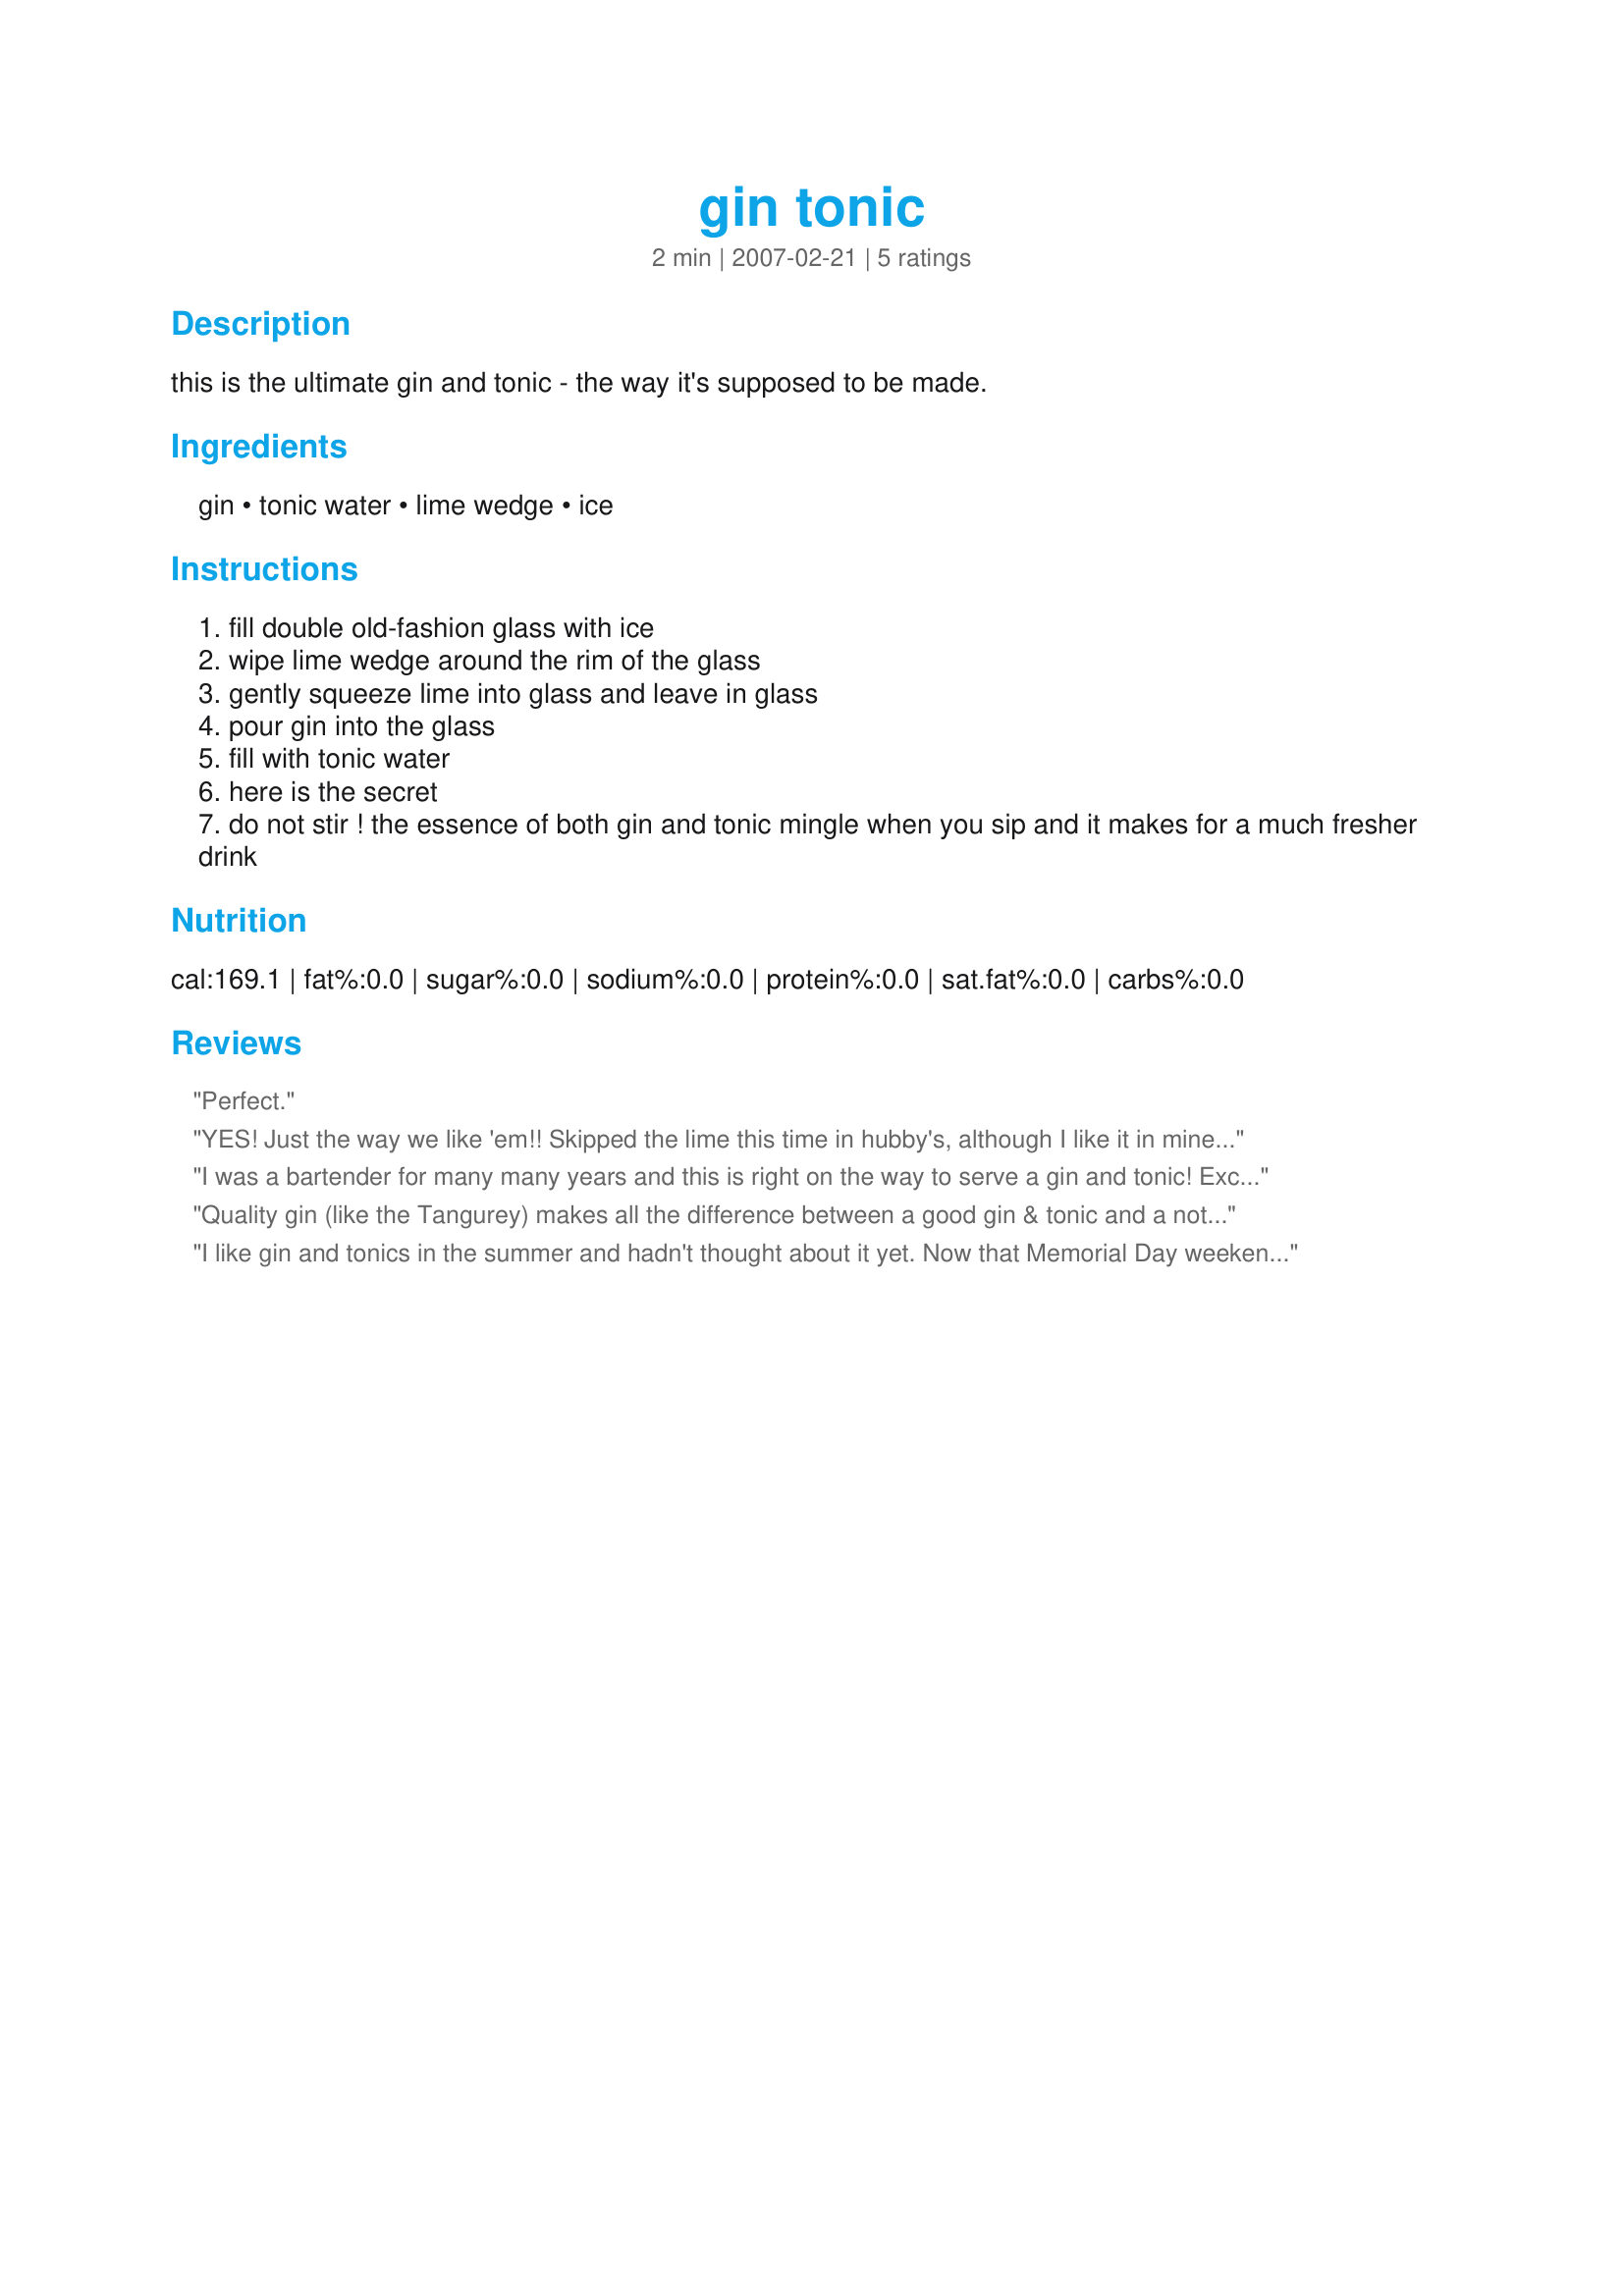
gin tonic
Preparation time: 2 minutes

this is the ultimate gin and tonic - the way it's supposed to be made.

Ingredients:
gin, tonic water, lime wedge, ice

Steps:
fill double old-fashion glass with ice
wipe lime wedge around the rim of the glass
gently squeeze lime into glass and leave in glass
pour gin into the glass
fill with tonic water
here is the secret
do not stir ! the essence of both gin and tonic mingle when you sip and it makes for a much fresher drink

Reviews:
Perfect.
YES! Just the way we like 'em!! Skipped the lime this time in hubby's, although I like it in mine. Used Quintessential London Dry Gin; would also be great with Hendrick's and a cucumber spear. Right on the money--DO NOT STIR!!! Thanks for sharing!:) Becky
I was a bartender for many many years and this is right on the way to serve a gin and tonic! Excellent!
Quality gin (like the Tangurey) makes all the difference between a good gin & tonic and a not so good one.
I like gin and tonics in the summer and hadn't thought about it yet. Now that Memorial Day weekend is here, it's a nice light tasting drink!
